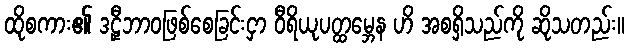
ထိုစကား၏ ဒဠှီဘာဝဖြစ်စေခြင်းငှာ ဝီရိယုပတ္ထမ္ဘေန ဟိ အစရှိသည်ကို ဆိုသတည်း။